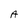
Character: A